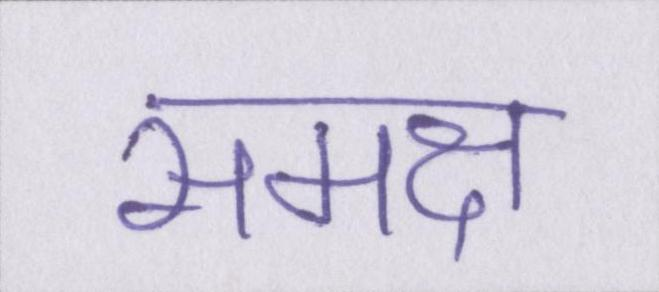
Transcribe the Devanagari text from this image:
समक्ष